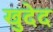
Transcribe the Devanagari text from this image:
खुदेद